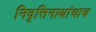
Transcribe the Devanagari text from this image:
निवृत्तिनाथांचाच